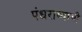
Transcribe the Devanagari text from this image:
पंधराव्याची